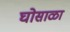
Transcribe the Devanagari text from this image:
घोसाळा